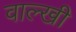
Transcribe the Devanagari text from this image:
वाल्खी